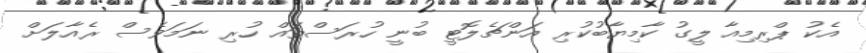
އެކު ޕްރިމިއާ ލީގު ކާމިޔާބުކުރި އަންޗެލޮޓީ ބުނީ ހުރަސްތައް ހުރި ނަމަވެސް ރެއާލަށް